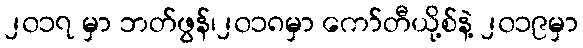
၂၀၁၇ မှာ ဘတ်ဖွန်၊၂၀၁၈မှာ ကော်တီယို့စ်နဲ့ ၂၀၁၉မှာ